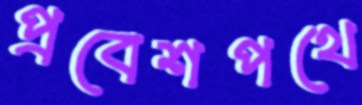
প্রবেশপথে